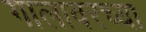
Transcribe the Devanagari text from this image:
गालावरच्या